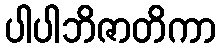
ပါပါဘိဇာတိကာ